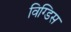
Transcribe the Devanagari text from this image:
विग्डिस